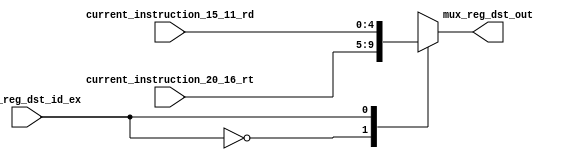
// Gabriel Coimbra - 3044
// Maria Dalila - 3030

//MUX responsavel por decidir qual  o registrador de destino
module mMultiplexorRegDst
(
	input wire[4:0] current_instruction_20_16_rt, current_instruction_15_11_rd,
	input wire ctrl_reg_dst_id_ex, //sinal de controle que indica qual sera o registrador de destino
	output reg[4:0] mux_reg_dst_out
);

	always @ (current_instruction_20_16_rt, current_instruction_15_11_rd, ctrl_reg_dst_id_ex) begin
		case(ctrl_reg_dst_id_ex)
			0: mux_reg_dst_out <= current_instruction_20_16_rt;
			1: mux_reg_dst_out <= current_instruction_15_11_rd;
		endcase
	end
endmodule

module mMultiplexorALUSrc
(
	input wire[31:0] reg_2_content, extension_out_id_ex,
	input wire ctrl_alu_src_id_ex,
	output reg[31:0] mux_alu_src_out
);

	always @ (reg_2_content, extension_out_id_ex, ctrl_alu_src_id_ex) begin
		case(ctrl_alu_src_id_ex)
			0: mux_alu_src_out <= reg_2_content;
			1: mux_alu_src_out <= extension_out_id_ex;
		endcase
	end
endmodule


//Multiplexador que se encontra apos a ALU
//Decide se os dados levados para a memoria de registradores sairam da ALU, ou
// ou dos dados de leitura, da memoria de dados
module mMultiplexorMemToReg
(
	input wire[31:0] alu_main_out_mem_wb, data_mem_out_mem_wb,
	input wire ctrl_mem_to_reg_mem_wb,
	output reg[31:0] mem_to_reg_out
);

	always @ (alu_main_out_mem_wb, data_mem_out_mem_wb, ctrl_mem_to_reg_mem_wb) begin
		case(ctrl_mem_to_reg_mem_wb)
			0: mem_to_reg_out <= alu_main_out_mem_wb;
			1: mem_to_reg_out <= data_mem_out_mem_wb;
		endcase
	end
endmodule

module mMultiplexorPCSrc
(
	input wire[31:0] somador_pc_plus_4, somador_branch_out,
	input wire and_gate_out,
	output reg[31:0] mux_PCSrc_out
);

	always @ (somador_pc_plus_4, somador_branch_out, and_gate_out) begin
		case(and_gate_out)
			0: mux_PCSrc_out <= somador_pc_plus_4;
			1: mux_PCSrc_out <= somador_branch_out;
			default: mux_PCSrc_out <= somador_pc_plus_4;
		endcase
	end
endmodule


// Multiplexador que define se o desvio  feito por j ou por beq
module mMultiplexorJump
(
	input wire[31:0] shifted_jump_address, mux_PCSrc_out,
	input wire ctrl_jump, //sinal de controle
	output reg[31:0] pc_in
);

always @ (*) begin

	case(ctrl_jump)
		0: pc_in = mux_PCSrc_out;
		1: pc_in = shifted_jump_address;
		default: pc_in = mux_PCSrc_out;
	endcase

end
endmodule


//Primeiro Multiplexador da ForwardingUnity
module mMultiplexorForwardA
(
	input wire [31:0] reg_1_content_id_ex, alu_main_out_ex_mem, mem_to_reg_out,
	input wire [1:0] ctrl_forwardingA, //controle do mux
	output reg [31:0] mux_ForwardA_out
);
	always @ (reg_1_content_id_ex, alu_main_out_ex_mem, mem_to_reg_out, ctrl_forwardingA) begin

		case (ctrl_forwardingA)
			1: mux_ForwardA_out <= reg_1_content_id_ex;
			2: mux_ForwardA_out <= alu_main_out_ex_mem;
			3: mux_ForwardA_out <= mem_to_reg_out;
			default: mux_ForwardA_out <= reg_1_content_id_ex;
		endcase

	end
endmodule

//Segundo Multiplexador da ForwardingUnity
module mMultiplexorForwardB
(
	input wire [31:0] reg_2_content_id_ex, alu_main_out_ex_mem, mem_to_reg_out,
	input wire [1:0] ctrl_forwardingB, //controle do mux
	output reg [31:0] mux_ForwardB_out
);
	always @ (reg_2_content_id_ex, alu_main_out_ex_mem, mem_to_reg_out, ctrl_forwardingB) begin

		case (ctrl_forwardingB)
			1: mux_ForwardB_out <= reg_2_content_id_ex;
			2: mux_ForwardB_out <= alu_main_out_ex_mem;
			3: mux_ForwardB_out <= mem_to_reg_out;
			default: mux_ForwardB_out <= reg_2_content_id_ex;
		endcase

	end
endmodule

//Multiplexador da HazardDetectionUnity
module mMultiplexorHazard
(

	input wire ctrl_hazard_mux_hazard,
	ctrl_reg_dst,
	ctrl_alu_src,
	ctrl_mem_to_reg,
	ctrl_reg_write,
	ctrl_mem_read,
	ctrl_mem_write,
	ctrl_branch,
	ctrl_jump,
	ctrl_alu_op1,
	ctrl_alu_op0,

	output reg ctrl_reg_dst_hazard_mux,
	ctrl_alu_src_hazard_mux,
	ctrl_mem_to_reg_hazard_mux,
	ctrl_reg_write_hazard_mux,
	ctrl_mem_read_hazard_mux,
	ctrl_mem_write_hazard_mux,
	ctrl_branch_hazard_mux,
	ctrl_jump_hazard_mux,
	ctrl_alu_op0_hazard_mux,
	ctrl_alu_op1_hazard_mux
);

always @(ctrl_hazard_mux_hazard,ctrl_reg_dst,ctrl_alu_src,ctrl_mem_to_reg,ctrl_reg_write,ctrl_mem_read,ctrl_mem_write,ctrl_branch,ctrl_jump,ctrl_alu_op1,ctrl_alu_op0) begin
	if(ctrl_hazard_mux_hazard) begin
		ctrl_reg_dst_hazard_mux		= 0;
		ctrl_alu_src_hazard_mux 	= 0;
		ctrl_mem_to_reg_hazard_mux 	= 0;
		ctrl_reg_write_hazard_mux 	= 0;
		ctrl_mem_read_hazard_mux 	= 0;
		ctrl_mem_write_hazard_mux 	= 0;
		ctrl_branch_hazard_mux 		= 0;
		ctrl_jump_hazard_mux 		= 0;
		ctrl_alu_op0_hazard_mux 	= 0;
		ctrl_alu_op1_hazard_mux		= 0;
	end
	else begin
		ctrl_reg_dst_hazard_mux		= ctrl_reg_dst;
		ctrl_alu_src_hazard_mux 	= ctrl_alu_src;
		ctrl_mem_to_reg_hazard_mux 	= ctrl_mem_to_reg;
		ctrl_reg_write_hazard_mux 	= ctrl_reg_write;
		ctrl_mem_read_hazard_mux 	= ctrl_mem_read;
		ctrl_mem_write_hazard_mux 	= ctrl_mem_write;
		ctrl_branch_hazard_mux 		= ctrl_branch;
		ctrl_jump_hazard_mux 		= ctrl_jump;
		ctrl_alu_op0_hazard_mux 	= ctrl_alu_op0;
		ctrl_alu_op1_hazard_mux		= ctrl_alu_op1;
	end

	

end

endmodule